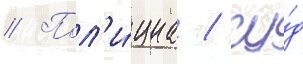
// Пол'и́циа / су́д